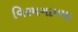
વિરમગામમા